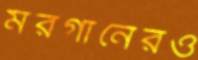
মরগানেরও